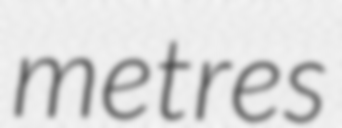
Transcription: metres